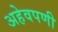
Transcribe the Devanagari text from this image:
अहेवपणी